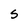
Character: S